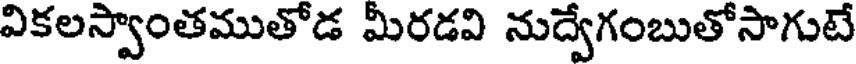
వికలస్వాంతముతోడ మీరడవి నుద్వేగంబుతోసాగుటే